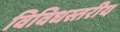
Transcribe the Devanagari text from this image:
विविधस्तरीय